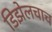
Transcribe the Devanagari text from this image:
डिझेलचाच